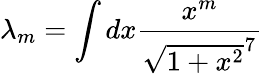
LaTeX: \lambda_{m}=\int dx\frac{x^{m}}{\sqrt{1+x^{2}}^{7}}